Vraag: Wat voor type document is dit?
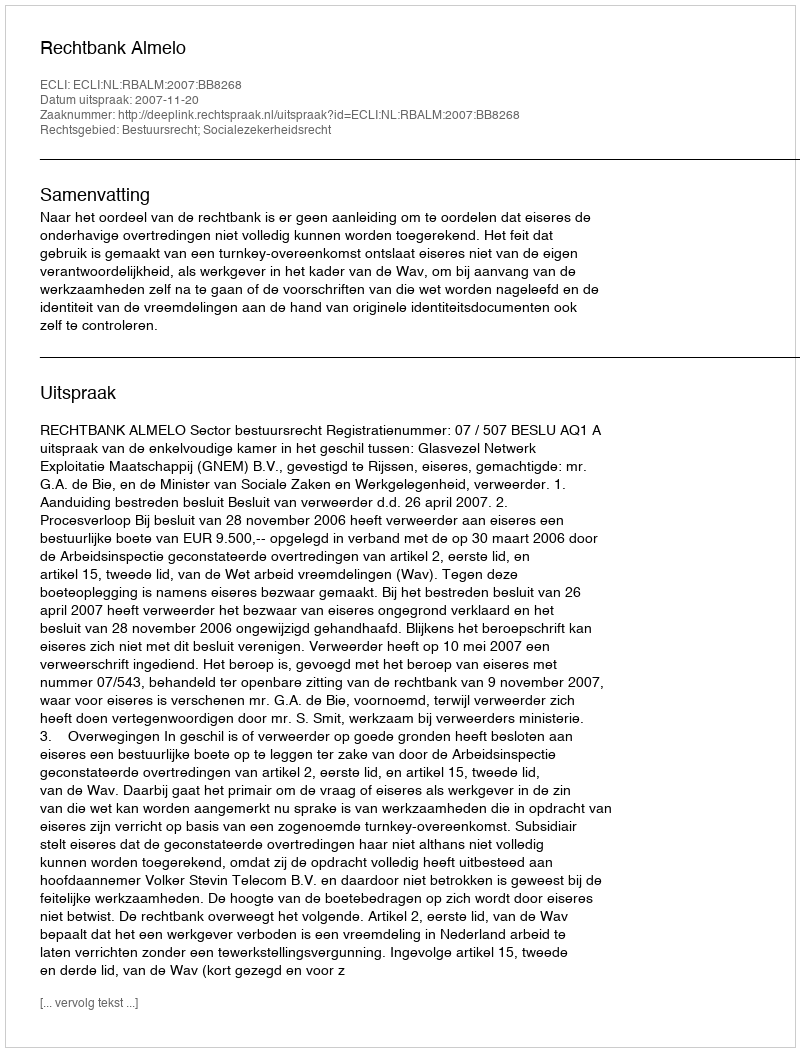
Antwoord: Uitspraak